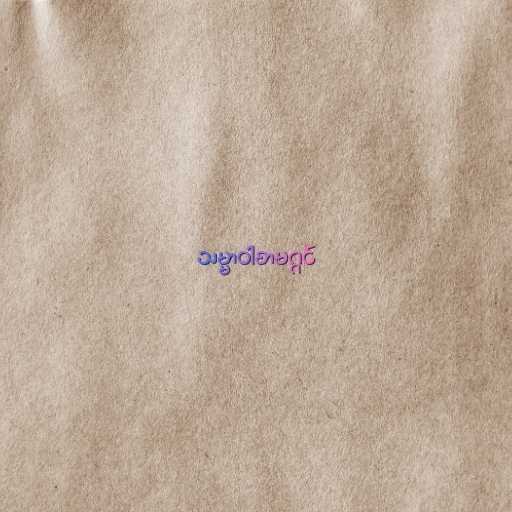
သမ္မာဝါစာမဂ္ဂင်